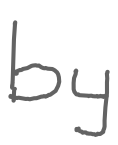
Text: by
Cross-out: clean
Writing tool: digital_gray